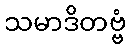
သမာဒိတဗ္ဗံ